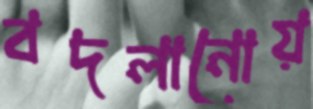
বদলানোয়